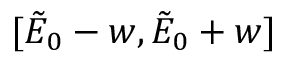
[ \tilde { E } _ { 0 } - w , \tilde { E } _ { 0 } + w ]